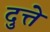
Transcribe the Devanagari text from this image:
दुत्ते